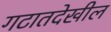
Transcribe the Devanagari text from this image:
गटातदेखील